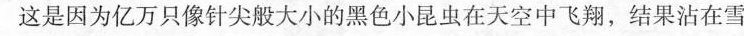
这是因为亿万只像针尖般大小的黑色小昆虫在天空中飞翔，结果沾在雪